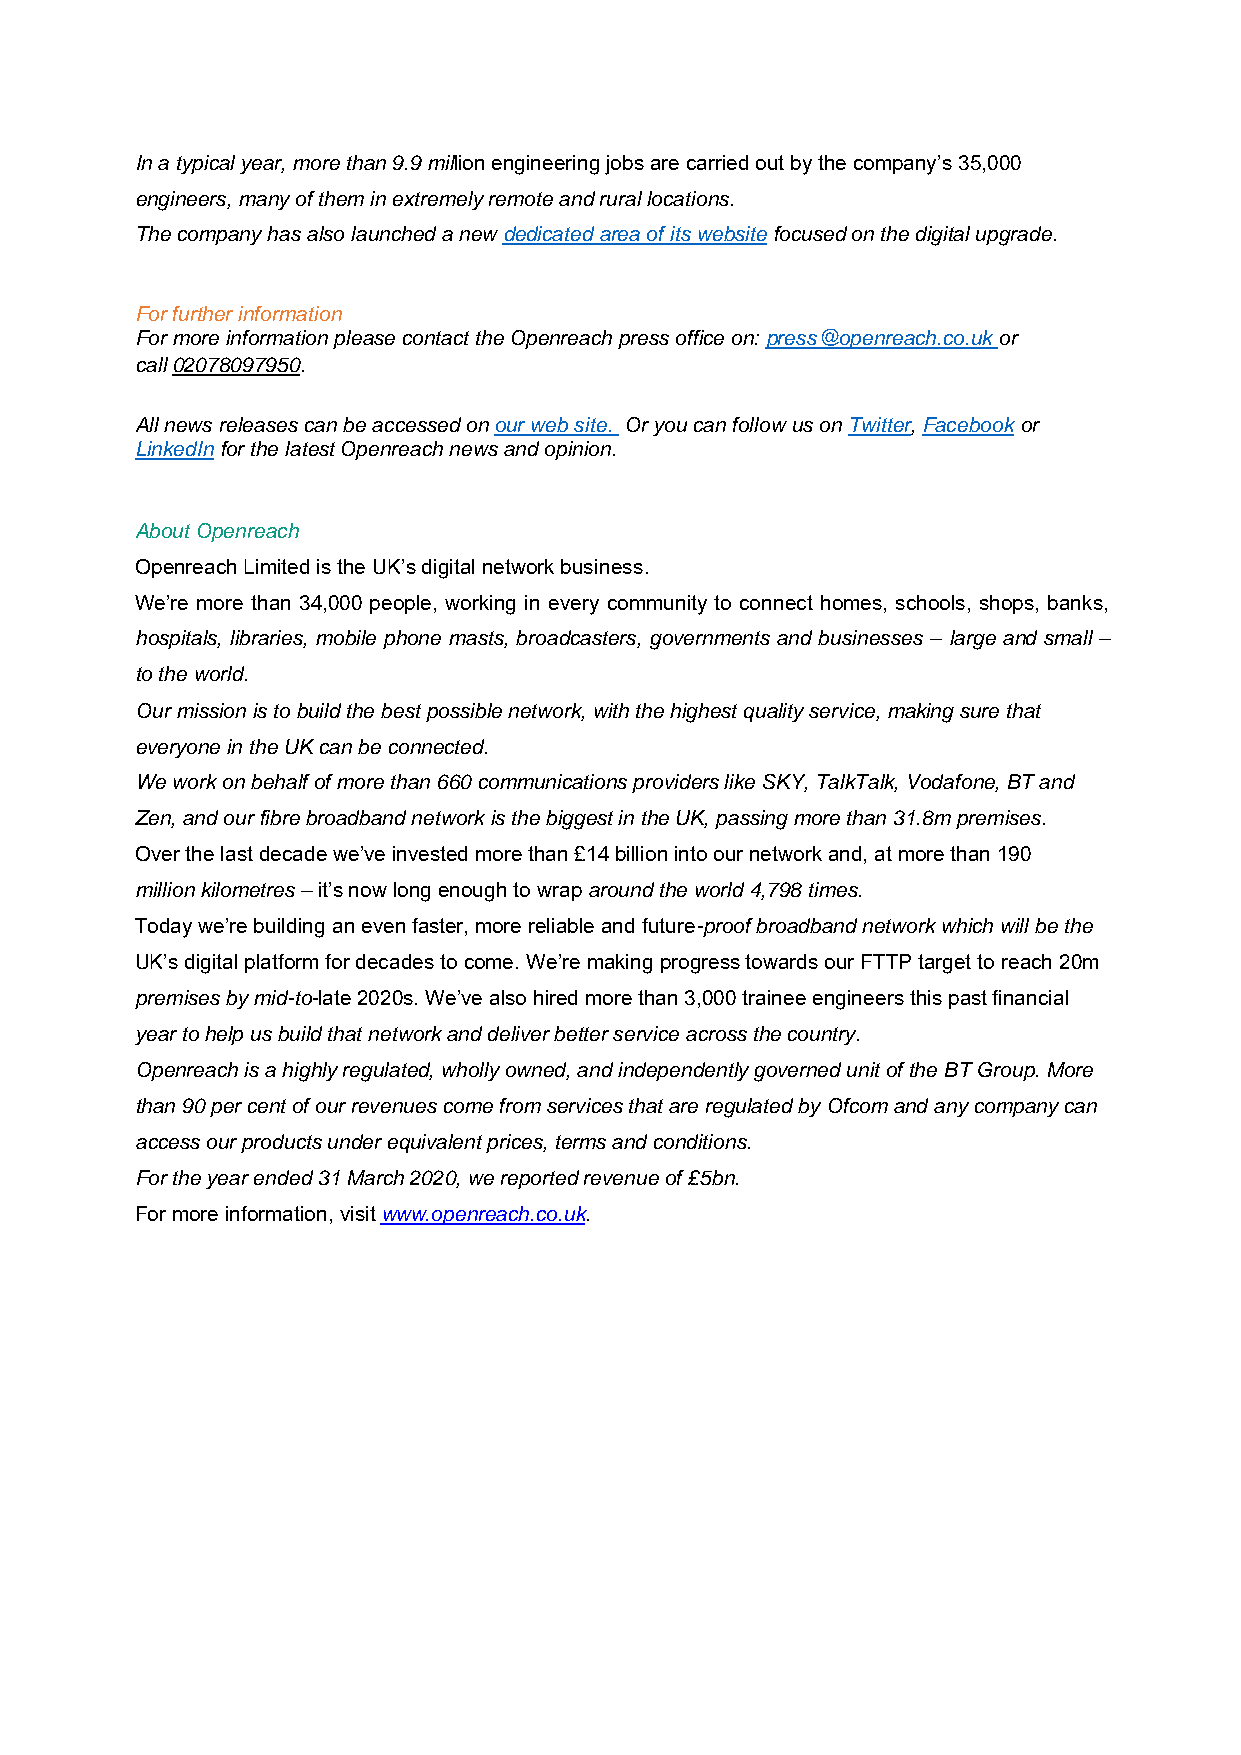
In a typical year, more than 9.9 million engineering jobs are carried out by the company’s 35,000
 engineers, many of them in extremely remote and rural locations.
 The company has also launched a new dedicated area of its website focused on the digital upgrade.
 For further information
 For more information please contact the Openreach press office on: press@openreach.co.uk or
 call 02078097950.
 All news releases can be accessed on our web site. Or you can follow us on Twitter, Facebook or
 LinkedIn for the latest Openreach news and opinion.
 About Openreach
 Openreach Limited is the UK’s digital network business.
 We’re more than 34,000 people, working in every community to connect homes, schools, shops, banks,
 hospitals, libraries, mobile phone masts, broadcasters, governments and businesses – large and small –
 to the world.
 Our mission is to build the best possible network, with the highest quality service, making sure that
 everyone in the UK can be connected.
 We work on behalf of more than 660 communications providers like SKY, TalkTalk, Vodafone, BT and
 Zen, and our fibre broadband network is the biggest in the UK, passing more than 31.8m premises.
 Over the last decade we’ve invested more than £14 billion into our network and, at more than 190
 million kilometres – it’s now long enough to wrap around the world 4,798 times.
 Today we’re building an even faster, more reliable and future-proof broadband network which will be the
 UK’s digital platform for decades to come. We’re making progress towards our FTTP target to reach 20m
 premises by mid-to-late 2020s. We’ve also hired more than 3,000 trainee engineers this past financial
 year to help us build that network and deliver better service across the country.
 Openreach is a highly regulated, wholly owned, and independently governed unit of the BT Group. More
 than 90 per cent of our revenues come from services that are regulated by Ofcom and any company can
 access our products under equivalent prices, terms and conditions.
 For the year ended 31 March 2020, we reported revenue of £5bn.
 For more information, visit www.openreach.co.uk.